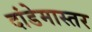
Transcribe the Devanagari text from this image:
दांडेमास्तर